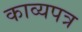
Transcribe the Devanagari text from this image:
काव्यपत्र